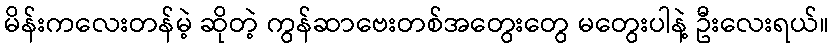
မိန်းကလေးတန်မဲ့ ဆိုတဲ့ ကွန်ဆာဗေးတစ်အတွေးတွေ မတွေးပါနဲ့ ဦးလေးရယ်။